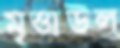
মৃত্তাউল